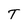
Character: T